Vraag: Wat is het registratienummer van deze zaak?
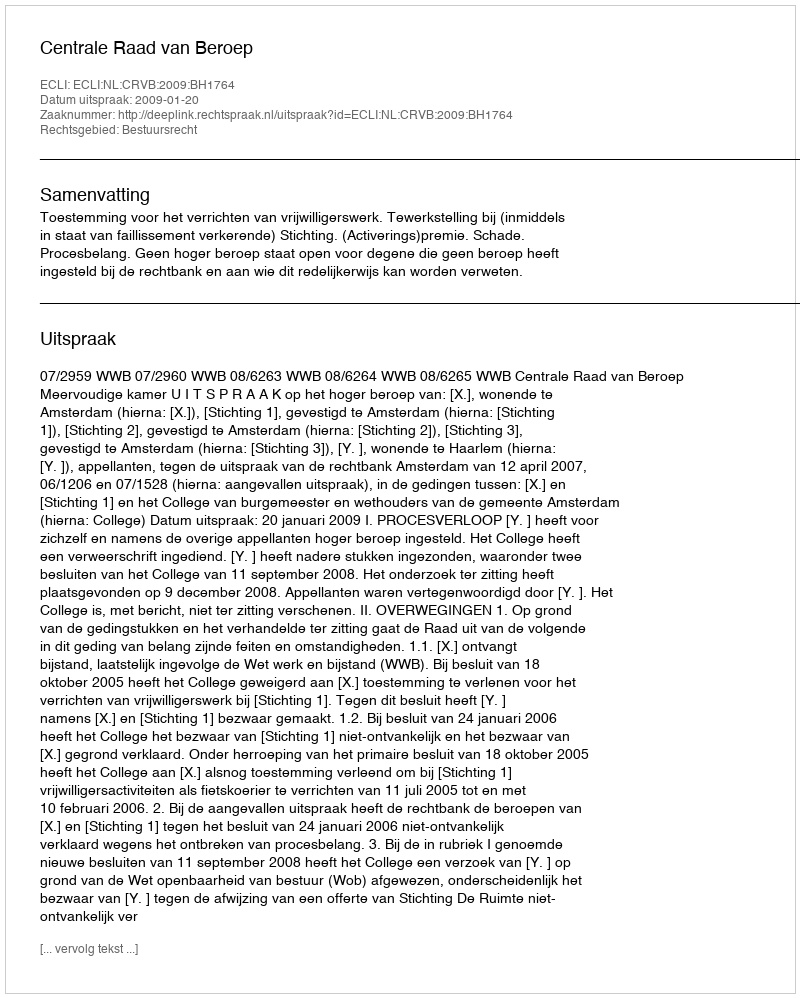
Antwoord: http://deeplink.rechtspraak.nl/uitspraak?id=ECLI:NL:CRVB:2009:BH1764